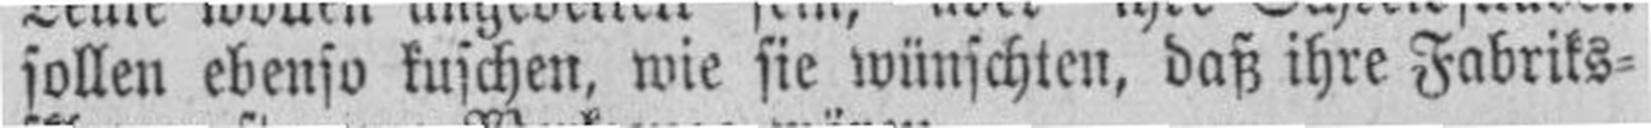
sollen ebenso kuschen, wie sie wünschten, daß ihre Fabriks¬